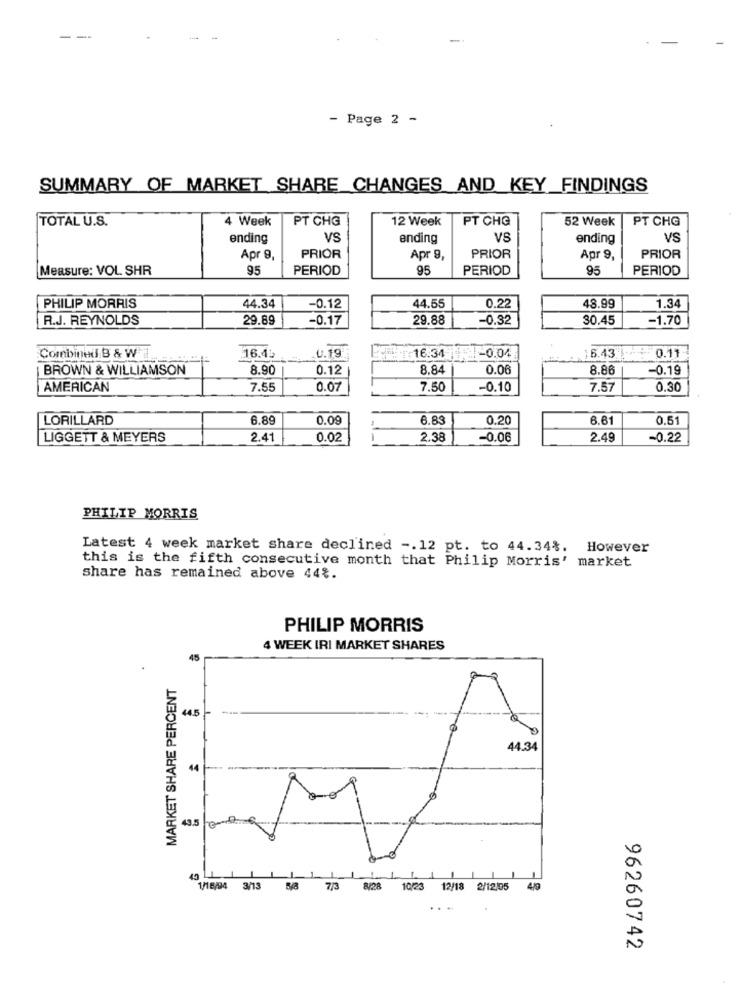
--
- Page 2 -
SUMMARY OF MARKET SHARE CHANGES AND KEY_FINDINGS
4 Week
PT CHG
12 Week
PT CHG
52 Week
PT CHG
TOTAL U.S.
ending
VS
ending
VS
ending
VS
Apr 9,
PRIOR
Apr 9,
PRIOR
Apr 9,
PRIOR
Measure: VOL SHR
95
PERIOD
95
PERIOD
95
PERIOD
PHILIP MORRIS
44.34
-0.12
44.55
0.22
48.99
1.34
R.J. REYNOLDS
29.89
-0.17
29.88
-0.32
30.45
-1.70
Combined B & W
16.45
0.19
16.34 1
1-0.04
16.43 0.11
BROWN & WILLIAMSON
8.90
0.12
8.84
0.06
8.86
-0.19
AMERICAN
7.55
0.07
7.50
-0.10
7.57
0.30
LORILLARD
6.89
0.09
6.83
0.20
6.61
0.5
LIGGETT & MEYERS
2.41
0.02
2.38
-0.06
2.49
-0.22
PHILIP MORRIS
Latest 4 week market share declined -. 12 pt. to 44.34%. However
this is the fifth consecutive month that Philip Morris' market
share has remained above 44%.
PHILIP MORRIS
4 WEEK IRI MARKET SHARES
45
MARKET SHARE PERCENT
44.5
--
44.34
44
43.5
45
11
1/16/94 3/13 5/8
7/3
8/28
10/23 12/18 2/12/05 4/0
96260742